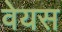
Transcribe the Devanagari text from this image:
वेयस